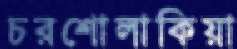
চরশোলাকিয়া